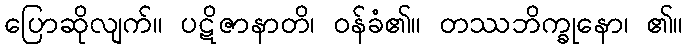
ပြောဆိုလျက်။ ပဋိဇာနာတိ၊ ဝန်ခံ၏။ တဿဘိက္ခုနော၊ ၏။